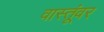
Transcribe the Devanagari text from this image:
वास्तूंवर